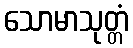
သောမာသုတ္တံ